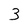
Character: 3